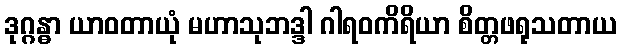
ဒုဂ္ဂန္ဓာ ယာဝတာယုံ မဟာသုဘဒ္ဒါ ဂါရဝကိရိယာ စိတ္တဖရုသတာယ